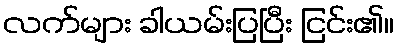
လက်များ ခါယမ်းပြပြီး ငြင်း၏။